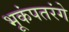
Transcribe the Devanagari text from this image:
भूकंपतरंगे